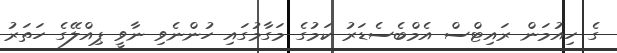
ގެ ހިއުމަން ރައިޓްސް އެމްބެސެޑަރު ކަމުގެ މަގާމުގައި ހުންނެވި ނާވީ ޕިއްލޭގެ ހަތަރު